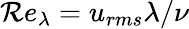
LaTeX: \mathcal{R}e_{\lambda}=u_{rms}\lambda/\nu